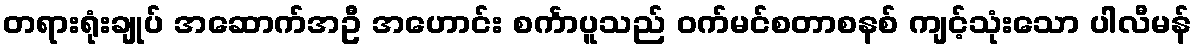
တရားရုံးချုပ် အဆောက်အဦ အဟောင်း စင်္ကာပူသည် ဝက်မင်စတာစနစ် ကျင့်သုံးသော ပါလီမန်